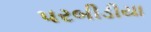
પરબીડીયા